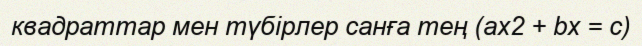
квадраттар мен түбірлер санға тең (ax2 + bx = c)